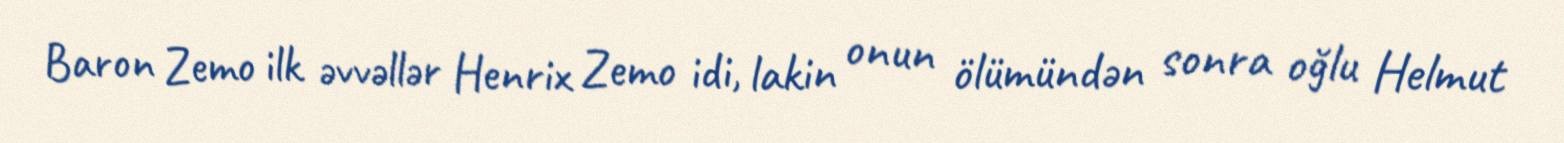
Baron Zemo ilk əvvəllər Henrix Zemo idi, lakin onun ölümündən sonra oğlu Helmut